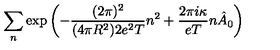
\sum _ { n } \exp \left( - \frac { ( 2 \pi ) ^ { 2 } } { ( 4 \pi R ^ { 2 } ) 2 e ^ { 2 } T } n ^ { 2 } + \frac { 2 \pi i \kappa } { e T } n \hat { A } _ { 0 } \right)